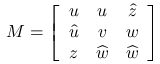
M = \left[ \begin{array} { c c c } { { u } } & { { u } } & { { \widehat { z } } } \\ { { \widehat { u } } } & { { v } } & { { w } } \\ { { z } } & { { \widehat { w } } } & { { \widehat { w } } } \end{array} \right]